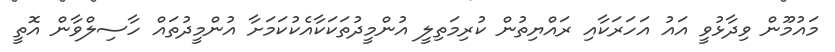
މައުމޫން ވިދާޅުވީ އައު އަހަރަކާއި ރައްޔިތުން ކުރިމަތިލީ އުންމީދުތަކަކާއެކުކަމަށާ އުންމީދުތައް ހާސިލްވާން އޮތީ